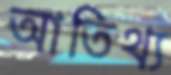
আতিথ্য